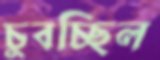
চুবচ্ছিল